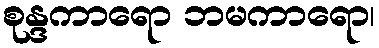
စုန္ဒကာရော ဘမကာရော၊